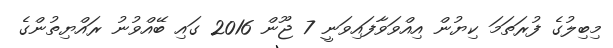
މިބިލުގެ ފުރަތަމަ ކިޔުން އިއްވަވާފައިވަނީ 7 ޖޫން 2016 ގައި ބޭއްވުނު ރައްޔިތުންގެ